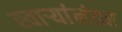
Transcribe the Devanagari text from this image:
स्वाऱ्यांनंतर